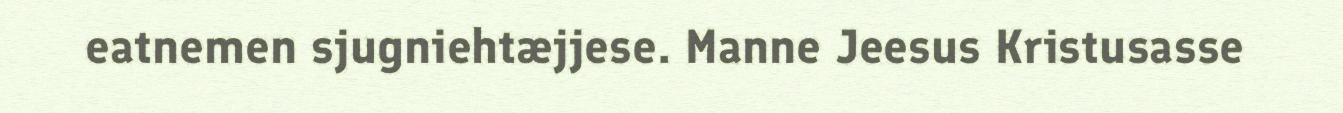
eatnemen sjugniehtæjjese. Manne Jeesus Kristusasse